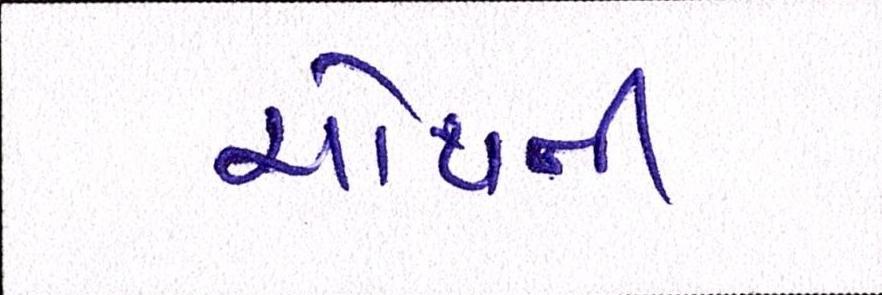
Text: ચોથની